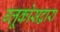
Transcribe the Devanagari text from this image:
ग्लूकोसद्वारा